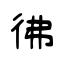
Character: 彿